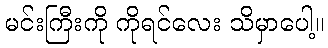
မင်းကြီးကို ကိုရင်လေး သိမှာပေါ့။